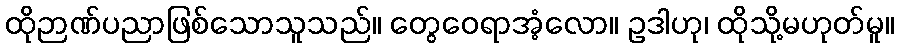
ထိုဉာဏ်ပညာဖြစ်သောသူသည်။ တွေဝေရာအံ့လော။ ဥဒါဟု၊ ထိုသို့မဟုတ်မူ။